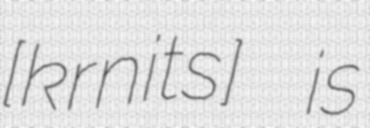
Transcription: [kɔrˈnit͡sɛ] is